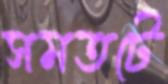
সমতটে